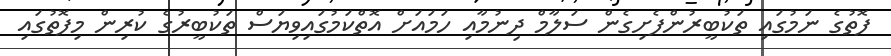
ފޮތުގެ ނަމުގައި ތަކުބީރުންފެށިގެން ސަލާމް ދިނުމާއި ހަމައަށް އޮތްކަމުގައިވިޔަސް ތަކުބީރުގެ ކުރިން މިފޮތުގައި